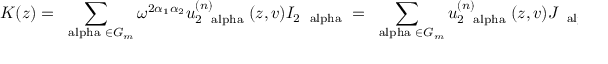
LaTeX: { \cal K } ( z ) = \sum _ { \mathrm { \footnotesize \boldmath ~ \ a l p h a ~ } \in G _ { m } } \omega ^ { 2 \alpha _ { 1 } \alpha _ { 2 } } u _ { 2 \mathrm { \footnotesize \boldmath ~ \ a l p h a ~ } } ^ { ( n ) } ( z , v ) I _ { 2 \mathrm { \footnotesize \boldmath ~ \ a l p h a ~ } } = \sum _ { \mathrm { \footnotesize \boldmath ~ \ a l p h a ~ } \in G _ { m } } u _ { 2 \mathrm { \footnotesize \boldmath ~ \ a l p h a ~ } } ^ { ( n ) } ( z , v ) J _ { \mathrm { \footnotesize \boldmath ~ \ a l p h a ~ } } ,